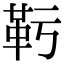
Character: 𩉞